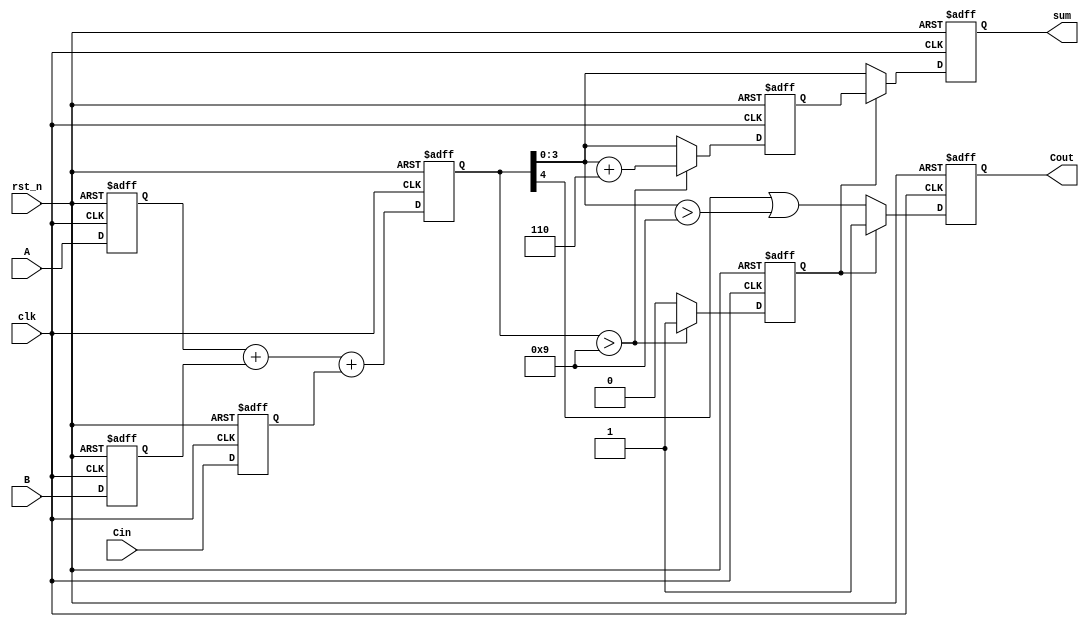
module BCD_Pipelined_Adder (
    input clk,
    input rst_n,
    input [3:0] A,        // BCD digit A
    input [3:0] B,        // BCD digit B
    input Cin,            // Carry-in
    output reg [3:0] sum, // BCD result
    output reg Cout       // Carry-out
);

    // Internal signals
    reg [4:0] sum_temp;   // Temporary sum (5 bits to hold overflow)
    reg correction_needed; // Flag for correction logic
    reg [4:0] corrected_sum; // Corrected sum after BCD adjustment

    // Stage 1: Input Stage (Register inputs on clock edge)
    reg [3:0] A_reg, B_reg;
    reg Cin_reg;

    always @(posedge clk or negedge rst_n) begin
        if (!rst_n) begin
            A_reg <= 4'b0000;
            B_reg <= 4'b0000;
            Cin_reg <= 1'b0;
        end else begin
            A_reg <= A;
            B_reg <= B;
            Cin_reg <= Cin;
        end
    end

    // Stage 2: Adder Stage
    always @(posedge clk or negedge rst_n) begin
        if (!rst_n) begin
            sum_temp <= 5'b00000;
        end else begin
            sum_temp <= A_reg + B_reg + Cin_reg; // 4-bit + 4-bit + 1-bit
        end
    end

    // Stage 3: Correction Logic
    always @(posedge clk or negedge rst_n) begin
        if (!rst_n) begin
            correction_needed <= 1'b0;
            corrected_sum <= 5'b00000;
        end else begin
            // Check if correction is needed (sum > 9)
            if (sum_temp > 5'b01001) begin
                correction_needed <= 1'b1;
                corrected_sum <= sum_temp + 5'b00110; // Add 6
            end else begin
                correction_needed <= 1'b0;
                corrected_sum <= sum_temp; // No correction needed
            end
        end
    end

    // Stage 4: Output Stage
    always @(posedge clk or negedge rst_n) begin
        if (!rst_n) begin
            sum <= 4'b0000;
            Cout <= 1'b0;
        end else begin
            if (correction_needed) begin
                sum <= corrected_sum[3:0]; // Take lower 4 bits
                Cout <= 1'b1; // Set carry-out
            end else begin
                sum <= sum_temp[3:0]; // Take lower 4 bits
                Cout <= (sum_temp[4] | (sum_temp[3:0] > 4'b1001)); // Set carry-out if overflow
            end
        end
    end

endmodule